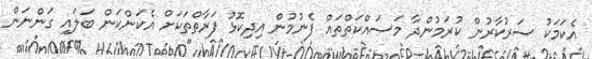
އެކަމަކު ސަރުކާރުން ކުރަމުންދާ މަސައްކަތްތައް ފެނުމުން އިދިކޮޅު ފަރާތްތަކަށް އެކަންކަން ބަލައި ގަންނަން